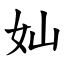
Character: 奾